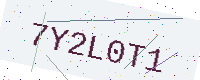
Text: 7Y2L0T1